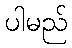
ပါမည်